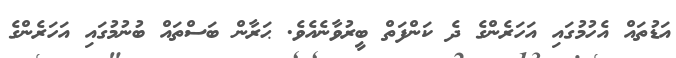
އަޑުތައް އެހުމުގައި އަހަރެންގެ ދެ ކަންފަތް ބީރުވާނެއެވެ. ޙަރާން ބަސްތައް ބުނުމުގައި އަހަރެންގެ